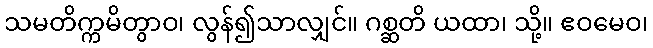
သမတိက္ကမိတွာဝ၊ လွန်၍သာလျှင်။ ဂစ္ဆတိ ယထာ၊ သို့။ ဧဝမေဝ၊